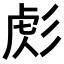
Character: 𢒜